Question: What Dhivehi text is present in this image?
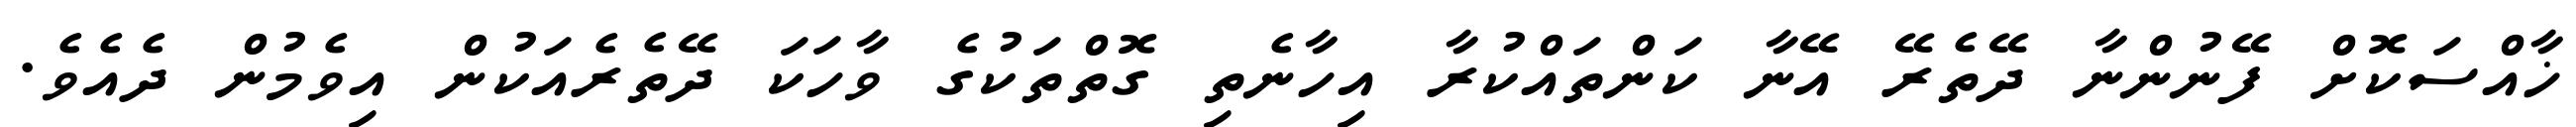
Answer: ޚާއްސަކޮށް ފޭނުންނާ ދޭތެރޭ އޭނާ ކަންތައްކުރާ އިހާނެތި ގޮތްތަކުގެ ވާހަކަ ދޭތެރެއަކުން އިވެމުން ދެއެވެ.